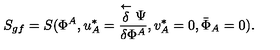
S _ { g f } = S ( \Phi ^ { A } , u _ { A } ^ { * } = \frac { \stackrel { \leftarrow } { \delta } \Psi } { \delta \Phi ^ { A } } , v _ { A } ^ { * } = 0 , { \bar { \Phi } } _ { A } = 0 ) .